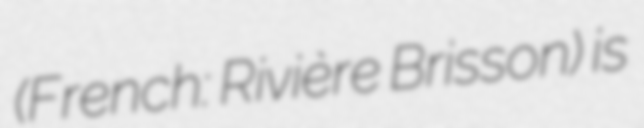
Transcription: (French: Rivière Brisson) is